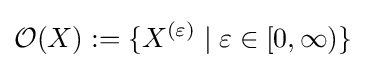
{\mathcal {O}}(X):=\{X^{(\varepsilon )}\mid \varepsilon \in [0,\infty )\}